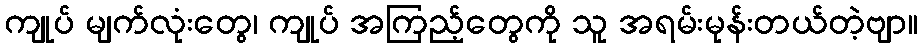
ကျုပ် မျက်လုံးတွေ၊ ကျုပ် အကြည့်တွေကို သူ အရမ်းမုန်းတယ်တဲ့ဗျာ။